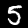
Label: 5